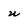
Character: u